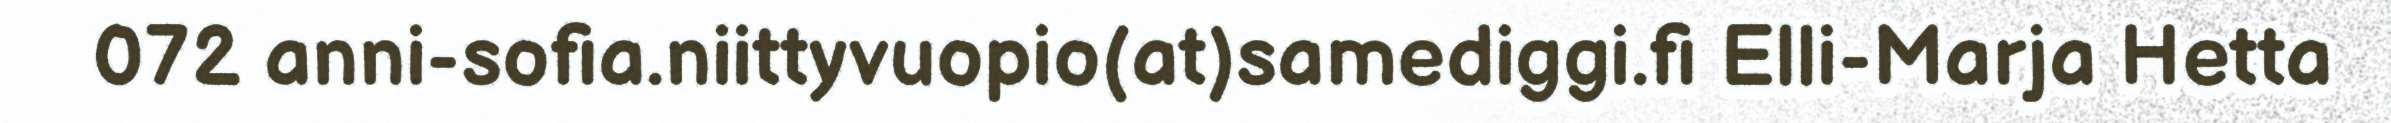
072 anni-sofia.niittyvuopio(at)samediggi.fi Elli-Marja Hetta